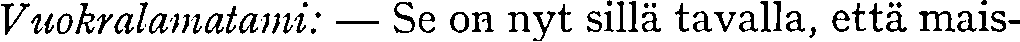
Vuokralamatami: — Se on nyt sillä tavalla, että mais-